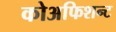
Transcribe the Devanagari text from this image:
कोअफिशन्ट